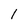
Character: 1